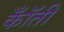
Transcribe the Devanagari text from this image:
कॉँती